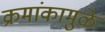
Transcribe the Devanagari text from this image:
क्रमांकामुळे